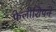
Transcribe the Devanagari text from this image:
फेलोशिपने